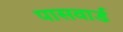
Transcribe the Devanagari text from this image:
पासवार्ड